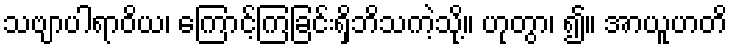
သဗျာပါရာဝိယ၊ ကြောင့်ကြခြင်းရှိဘိသကဲ့သို့။ ဟုတွာ၊ ၍။ အာယူဟတိ